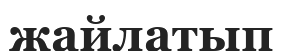
жайлатып